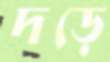
দড়ে